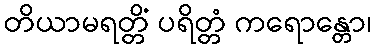
တိယာမရတ္တိံ ပရိတ္တံ ကရောန္တော၊